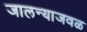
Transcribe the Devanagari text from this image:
जालन्याजवळ